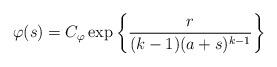
LaTeX: \begin{align*} \varphi(s)= C_\varphi\exp\left\{\frac{r}{(k-1)(a+s)^{k-1}}\right\} \end{align*}